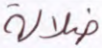
ضلالة